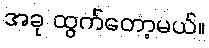
အခု ထွက်တော့မယ်။